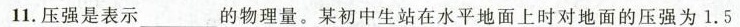
11.压强是表示___的物理量。某初中生站在水平地面上时对地面的压强为$$1 . 5